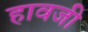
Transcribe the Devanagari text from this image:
हावजी